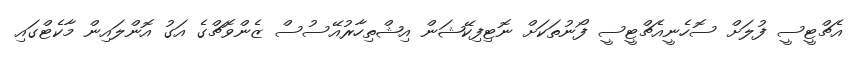
އެޗްޓީސީ ފުލަށް ސޮހެނީއެޗްޓީސީ ފޯނުތަކަށް ނޮޓިފިކޭޝަން އިޝްތިހާރުއޭސުސް ޒެންވޮޗްގެ އަގު އޮންލައިން މާކެޓްގައި